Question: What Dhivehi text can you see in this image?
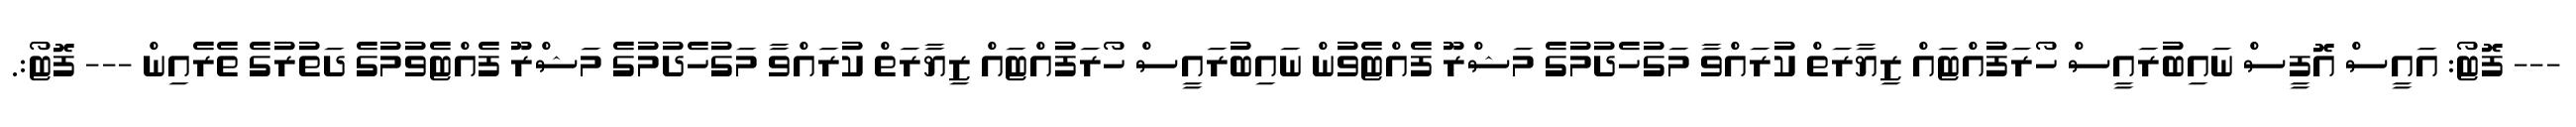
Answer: --- ފޮޓޯ: އައީސް އޮފީސް ނައިބުރައީސް ހޯރަފުއްޓައް ޒިޔާރަތް ކުރައްވާ މަގުހެދުމުގެ މަޝްރޫ ފެއްޓެވުން ނައިބުރައީސް ހޯރަފުއްޓައް ޒިޔާރަތް ކުރައްވާ މަގުހެދުމުގެ މަޝްރޫ ފެއްޓެވުމުގެ ދަތުރުގެ ތެރެއިން --- ފޮޓޯ:.